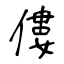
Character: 僂